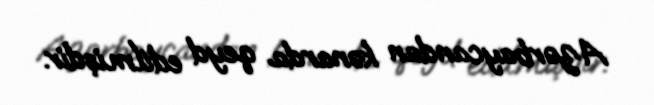
Azərbaycandan kənarda qeyd edilmişdir.